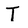
Character: T